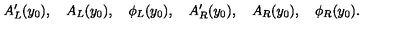
A _ { L } ^ { \prime } ( y _ { 0 } ) , \quad A _ { L } ( y _ { 0 } ) , \quad \phi _ { L } ( y _ { 0 } ) , \quad A _ { R } ^ { \prime } ( y _ { 0 } ) , \quad A _ { R } ( y _ { 0 } ) , \quad \phi _ { R } ( y _ { 0 } ) .